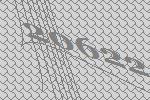
20622